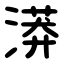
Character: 漭